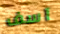
آسف